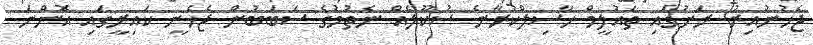
ޖެހުނުއިރު ރަށުގައި ތައުލީމް ހާސިލްކުރާނެ ސުކޫލެއް ނެތުމުގެ ސަބަބުން ޖެހެނީ ކައިރީގައި އޮންނަ